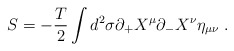
\begin{align*}S=-\frac{T}{2}\int d^{2}\sigma \partial_{+}X^{\mu}\partial_{-}X^{\nu}\eta_{\mu\nu}\;.\end{align*}